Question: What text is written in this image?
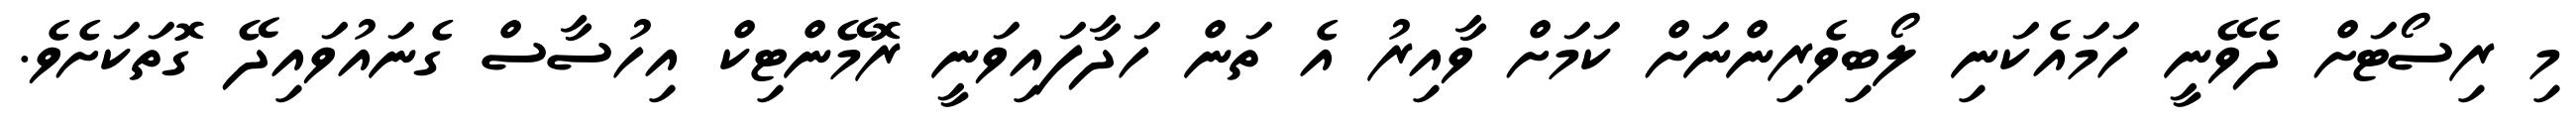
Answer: މި ރިސޯޓަށް ދެވޭނީ ހަމައެކަނި ލޯބިވެރިންނަށް ކަމަށް ވާއިރު އެ ތަން ހަދާފައިވަނީ ރޮމޭންޓިކް އިހުސާސް ގެނައުވައިދޭ ގޮތަކަށެވެ.